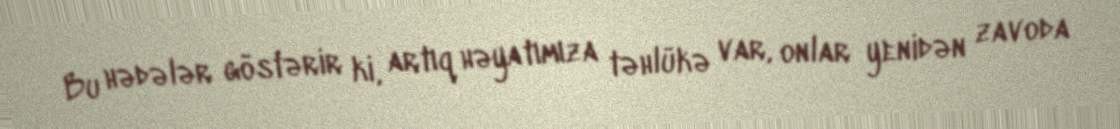
Bu hədələr göstərir ki, artıq həyatımıza təhlükə var, onlar yenidən zavoda